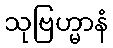
သုဗြဟ္မာနံ